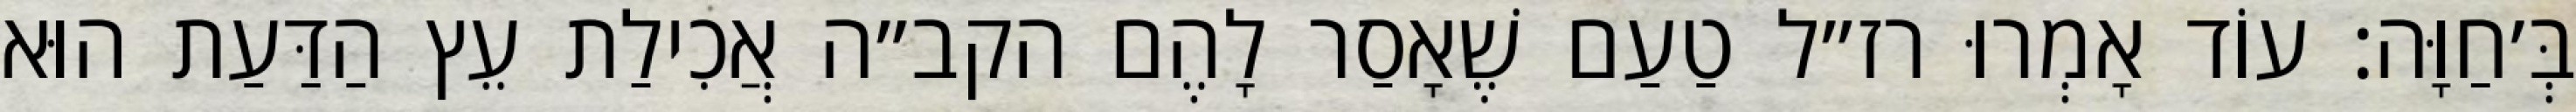
בְּ׳חַוָּה: עוֹד אָמְרוּ רז״ל טַעַם שֶׁאָסַר לָהֶם הקב״ה אֲכִילַת עֵץ הַדַּעַת הוּא